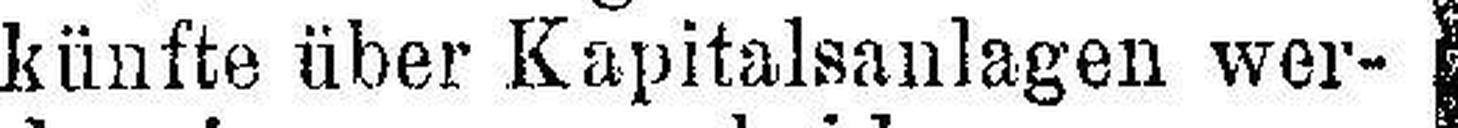
künfte über Kapitalsanlagen wer¬